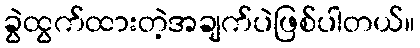
ခွဲထွက်ထားတဲ့အချက်ပဲဖြစ်ပါတယ်။